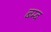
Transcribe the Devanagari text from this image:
बम्‍ब